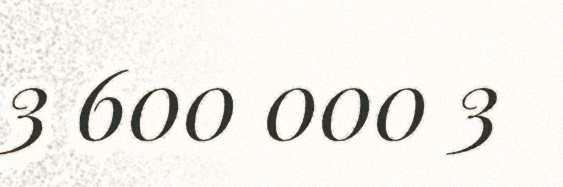
3 600 000 3